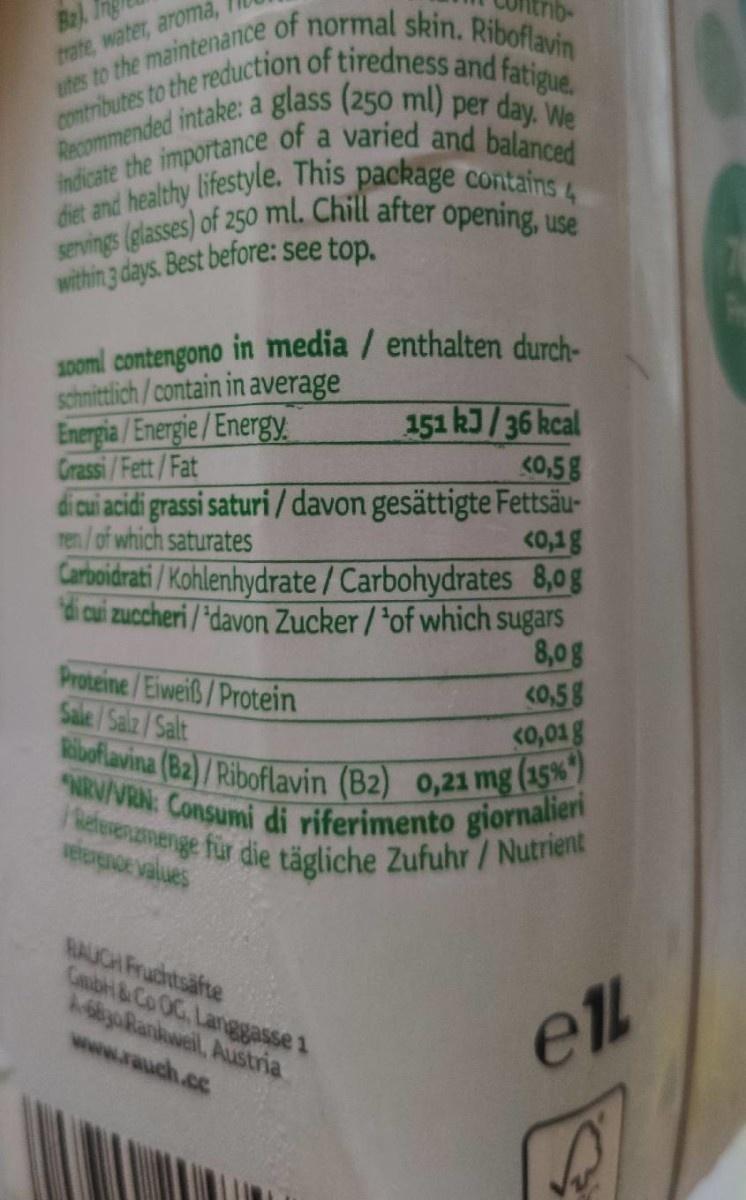
Ba) servings (glasses) of 250 ml. Chill after opening, use diet and healthy lifestyle. This package contains 4 NRV/VRN: Consumi di riferimento giornalieri Riboflavina (B2)/Riboflavin (B2) 0,21 mg (15%*) kefewenmenge für die tägliche Zufuhr / Nutrient
trate, water, aroma,
a
within 3 days. Best before: see top,
sooml contengono in media / enthalten durch-
schnittlich/contain in average
151 kJ/36 kcal
Energia / Energie /Energy, Grassi/Fett/Fat
<0,5g di cui acidi grassi saturi/davon gesättigte Fettsäu- <0,1g Carboidrati / Kohlenhydrate/Carbohydrates 8,0 g di cui zuccheri /*davon Zucker / *of which sugars 8,0g <0,58 <0,01g
ren/of which saturates
Proteine/Eiweiß/Protein Sale/Salz/Salt
velenence values
RAUGH Fruchtsäfte Caub&Co OC, Langgasse 1 dyoRankweil, Austria
el
www.rauch.cc